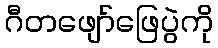
ဂီတဖျော်ဖြေပွဲကို